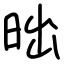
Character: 昢